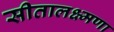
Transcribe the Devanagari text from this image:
सीतालक्ष्मणा